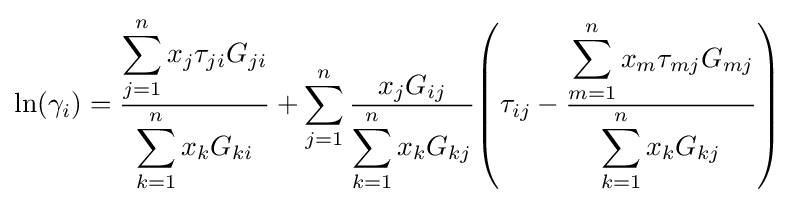
\ln(\gamma _{i})={\frac {\displaystyle \sum _{j=1}^{n}{x_{j}\tau _{ji}G_{ji}}}{\displaystyle \sum _{k=1}^{n}{x_{k}G_{ki}}}}+\sum _{j=1}^{n}{\frac {x_{j}G_{ij}}{\displaystyle \sum _{k=1}^{n}{x_{k}G_{kj}}}}{\left({\tau _{ij}-{\frac {\displaystyle \sum _{m=1}^{n}{x_{m}\tau _{mj}G_{mj}}}{\displaystyle \sum _{k=1}^{n}{x_{k}G_{kj}}}}}\right)}